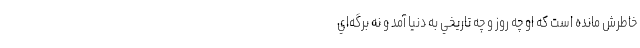
خاطرش مانده است كه او چه روز و چه تاريخي به دنيا آمد و نه برگه‌اي